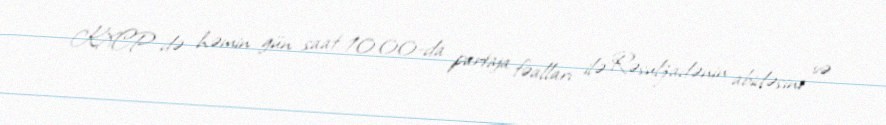
KXCP də həmin gün saat 10:00-da partiya fəalları ilə Rəsulzadənin abidəsini və